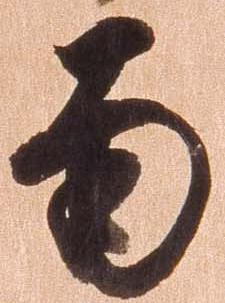
南